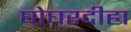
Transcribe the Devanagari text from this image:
घोघरदीहा